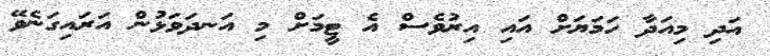
އަދި މިއަދާ ހަމަޔަށް އައި އިރުވެސް އެ ޓީމަށް މި އަނދަވަޅުން އަރައިގަނެވޭ